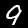
Digit: 9